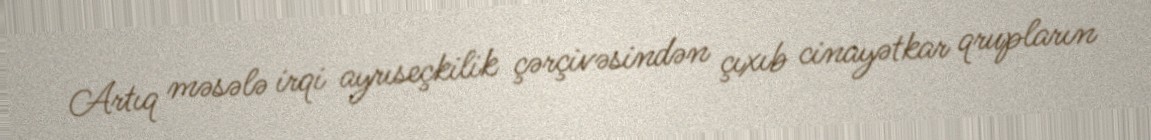
Artıq məsələ irqi ayrıseçkilik çərçivəsindən çıxıb cinayətkar qrupların